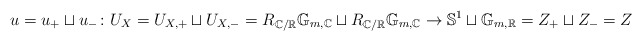
\begin{align*}u=u_{+}\sqcup u_{-}\colon U_{X}=U_{X,+}\sqcup U_{X,-}=R_{\mathbb{C}/\mathbb{R}}\mathbb{G}_{m,\mathbb{C}}\sqcup R_{\mathbb{C}/\mathbb{R}}\mathbb{G}_{m,\mathbb{C}}\to\mathbb{S}^{1}\sqcup\mathbb{G}_{m,\mathbb{R}}=Z_{+}\sqcup Z_{-}=Z\end{align*}